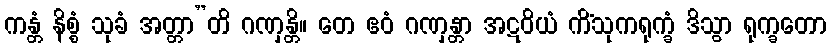
ကန္တံ နိစ္စံ သုခံ အတ္တာ”တိ ဂဏှန္တိ။ တေ ဧဝံ ဂဏှန္တာ အဋဝိယံ ကိံသုကရုက္ခံ ဒိသွာ ရုက္ခတော